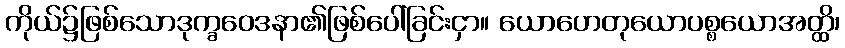
ကိုယ်၌ဖြစ်သောဒုက္ခဝေဒနာ၏ဖြစ်ပေါ်ခြင်းငှာ။ ယောဟေတုယောပစ္စယောအတ္ထိ၊